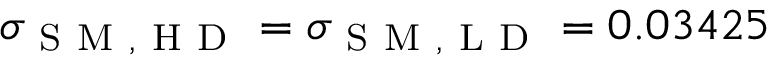
\sigma _ { \mathrm { ~ S ~ M ~ , ~ H ~ D ~ } } = \sigma _ { \mathrm { ~ S ~ M ~ , ~ L ~ D ~ } } = 0 . 0 3 4 2 5